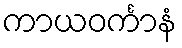
ကာယဝင်္ကာနံ